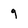
Character: 9